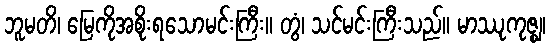
ဘူမတိ၊ မြေကိုအစိုးရသောမင်းကြီး။ တွံ၊ သင်မင်းကြီးသည်။ မာဿုကုဇ္ဈ၊